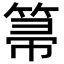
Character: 箒